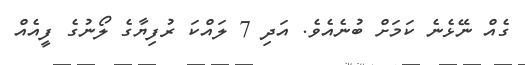
ގެއް ނޭޅެނެ ކަމަށް ބުނެއެވެ. އަދި 7 ލައްކަ ރުފިޔާގެ ލޯނުގެ ފީއެއް